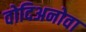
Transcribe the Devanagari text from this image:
वोदिअनोवा